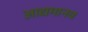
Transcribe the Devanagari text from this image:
आद्यमानव